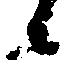
候